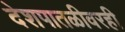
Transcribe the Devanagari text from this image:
देशपातळीवरही